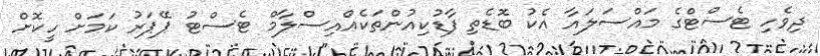
ދިވެހި ޓެސްޓްގެ މައްސަލައާ އެކު ބޮޑެތި ފާޑުކިއުންތަކެއްއިސްލާމް ޓެސްޓު ޕޭޕަރު ކަމަށް ހީކޮށް